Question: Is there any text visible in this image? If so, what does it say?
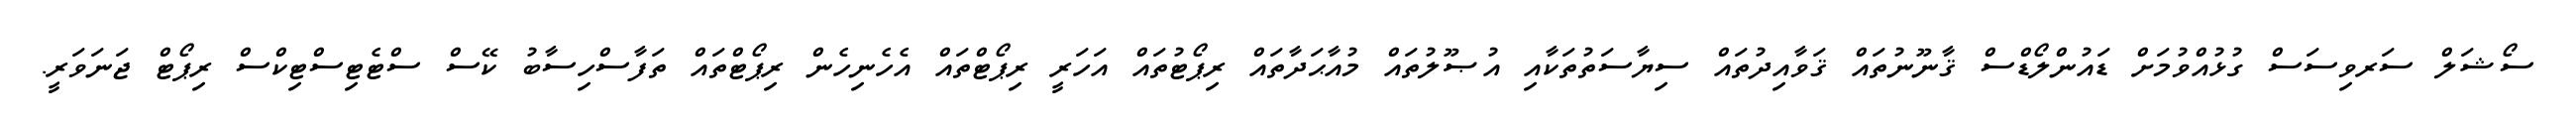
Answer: ސޯޝަލް ސަރވިސަސް ގުޅުއްވުމަށް ޑައުންލޯޑްސް ޤާނޫނުތައް ޤަވާއިދުތައް ސިޔާސަތުތަކާއި އުޞޫލުތައް މުއާޙަދާތައް ރިޕޯޓުތައް އަހަރީ ރިޕޯޓްތައް އެހެނިހެން ރިޕޯޓްތައް ތަފާސްހިސާބު ކޭސް ސްޓެޓިސްޓިކްސް ރިޕޯޓް ޖަނަވަރީ.